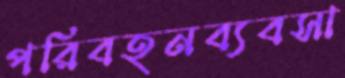
পরিবহনব্যবসা